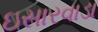
ઇસારવાડા